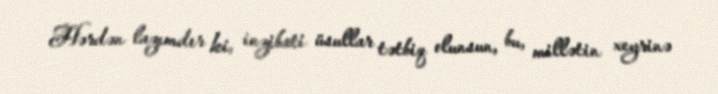
Hərdən lazımdır ki, inzibati üsullar tətbiq olunsun, bu, millətin xeyrinə